Indian journal of veterinary science and animal husbandry - Volume 4,
Year: 1934
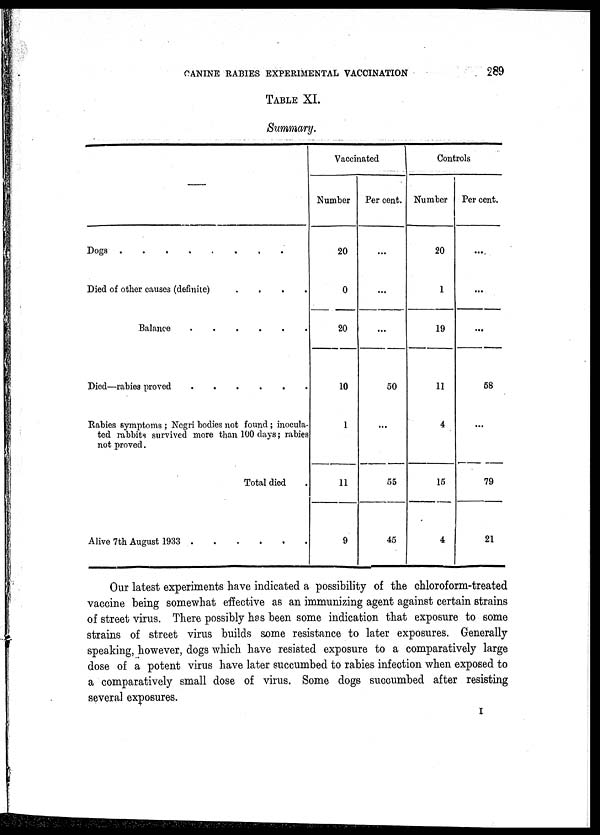
CANINE RABIES EXPERIMENTAL VACCINATION
289
TABLE XI.
Summary.
—
Dogs
........
Died of other causes (definite)
....
Balance
Died—rabies proved
Rabies symptoms ; Negri bodies not found; inocula-
ted rabbits survived more than 100 days; rabies
not proved.
Total died
Alive 7th August 1933
Vaccinated
Number
20
0
20
10
1
11
9
Per cent.
...
...
...
50
...
55
45
Controls
Number
20
1
19
11
4
15
4
Per cent.
....
...
...
58
...
79
21
Our latest experiments have indicated a possibility of the chloroform-treated
vaccine being somewhat effective as an immunizing agent against certain strains
of street virus. There possibly has been some indication that exposure to some
strains of street virus builds some resistance to later exposures. Generally
speaking, however, dogs which have resisted exposure to a comparatively large
dose of a potent virus have later succumbed to rabies infection when exposed to
a comparatively small dose of virus. Some dogs succumbed after resisting
several exposures.
I